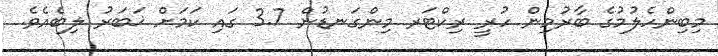
މިބިންހެލުމުގެ ބާރުމިން ހުރީ ރިކްޓަރ މިންގަނޑުން 3.7 ގައި ކަމަށް ޚަބަރު ލިބެއެވެ.